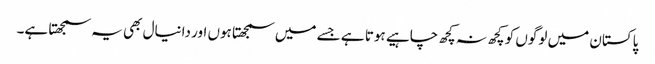
پاکستان میں لوگوں کو کچھ نہ کچھ چاہیے ہوتا ہے جسے میں سمجھتا ہوں اور دانیال بھی یہ سمجھتا ہے۔